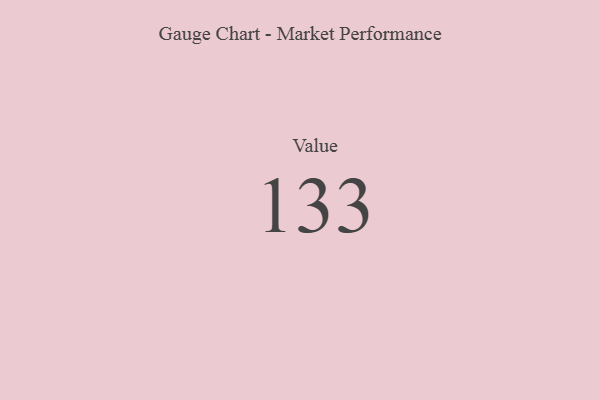
{"axis": {"x": "Metric", "y": "Value"}, "legend": [""], "data": [{"x": "Value", "y": 133, "type": ""}]}